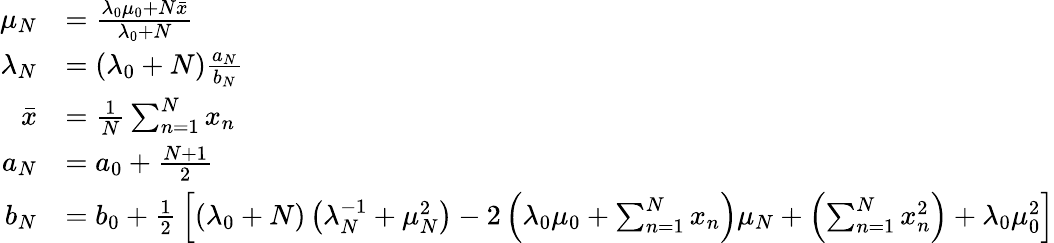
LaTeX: {\begin{array}{rl}{\mu_{N}}&{={\frac{\lambda_{0}\mu_{0}+N{\bar{x}}}{\lambda_{0}+N}}}\\ {\lambda_{N}}&{=(\lambda_{0}+N){\frac{a_{N}}{b_{N}}}}\\ {{\bar{x}}}&{={\frac{1}{N}}\sum_{n=1}^{N}x_{n}}\\ {a_{N}}&{=a_{0}+{\frac{N+1}{2}}}\\ {b_{N}}&{=b_{0}+{\frac{1}{2}}\left[(\lambda_{0}+N)\left(\lambda_{N}^{-1}+\mu_{N}^{2}\right)-2\left(\lambda_{0}\mu_{0}+\sum_{n=1}^{N}x_{n}\right)\mu_{N}+\left(\sum_{n=1}^{N}x_{n}^{2}\right)+\lambda_{0}\mu_{0}^{2}\right]}\end{array}}